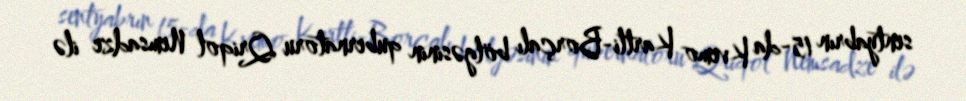
sentyabrın 15-da Kvemo Kartli-Borçalı bölgəsinin qubernatoru Qriqol Nemsadze ilə